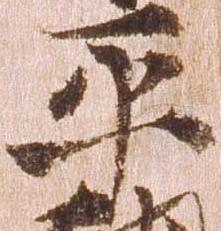
平